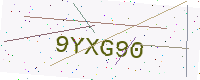
Text: 9YXG90